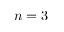
n = 3